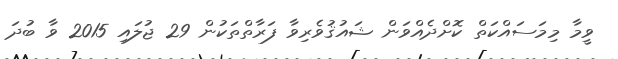
ވީމާ މިމަސައްކަތް ކޮށްދެއްވަން ޝައުޤުވެރިވާ ފަރާތްތަކުން 29 ޖުލައި 2015 ވާ ބުދަ